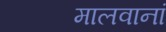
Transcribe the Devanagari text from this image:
मालवानां